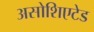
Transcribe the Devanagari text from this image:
असोशिएटेड